Papers set at the Examination for Leaving Certificates, 1892
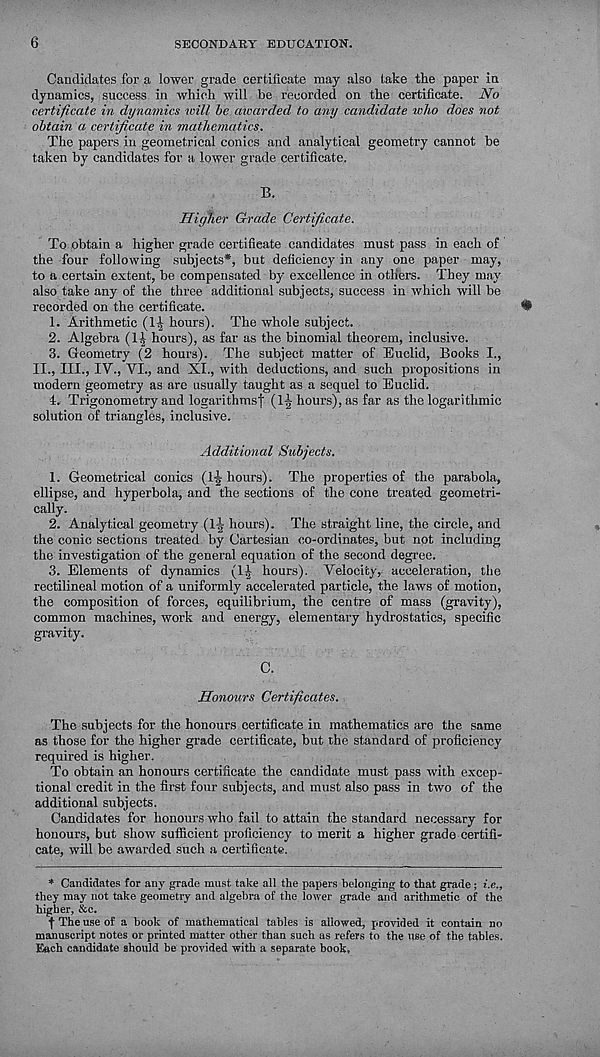
6
SECONDARY EDUCATION.
Candidates for a lower grade certificate may also take the paper in
dynamics, success in which will be recorded on the certificate. No
certificate in dynamics will be awarded to any candidate who does not
obtain a certificate in mathematics.
The papers in geometrical conics and analytical geometry cannot be
taken by candidates for a lower grade certificate.
B.
Higher Grade Certificate.
To obtain a higher grade certificate candidates must pass in each of
the four following subjects*, but deficiency in any one paper may,
to a certain extent, be compensated by excellence in others. They may
also take any of the three additional subjects, success in which will be
recorded on the certificate.
1. Arithmetic (1^ hours). The whole subject.
2. Algebra (1^ hours), as far as the binomial theorem, inclusive.
3. Geometry (2 hours). The subject matter of Euclid, Books I.,
II., III., IV., VI., and XL, with deductions, and such propositions in
modern geometry as are usually taught as a sequel to Euclid.
4. Trigonometry and logarithmsf (1^- hours), as far as the logarithmic
solution of triangles, inclusive.
Additional Subjects.
1. Geometrical conics (1-J- hours). The properties of the parabola,
ellipse, and hyperbola, and the sections of the cone treated geometri-
cally.
2. Analytical geometry (1^ hours). The straight line, the circle, and
the conic sections treated by Cartesian co-ordinates, but not including
the investigation of the general equation of the second degree.
3. Elements of dynamics (1^ hours). Velocity, acceleration, the
rectilineal motion of a uniformly accelerated particle, the laws of motion,
the composition of forces, equilibrium, the centre of mass (gravity),
common machines, work and energy, elementary hydrostatics, specific
gravity.
C.
Honours Certificates.
The subjects for the honours certificate in mathematics are the same
as those for the higher grade certificate, but the standard of proficiency
required is higher.
To obtain an honours certificate the candidate must pass with excep-
tional credit in the first four subjects, and must also pass in two of the
additional subjects.
Candidates for honours who fail to attain the standard necessary for
honours, but show sufficient proficiency to merit a higher grade certifi-
cate, will be awarded such a certificate.
* Candidates for any grade must take all the papers belonging to that grade; i.e.,
they may not take geometry and algebra of the lower grade and arithmetic of the
higher, &c.
f The use of a book of mathematical tables is allowed, provided it contain no
manuscript notes or printed matter other than such as refers to the use of the tables.
Each candidate should be provided with a separate book,